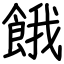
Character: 餓